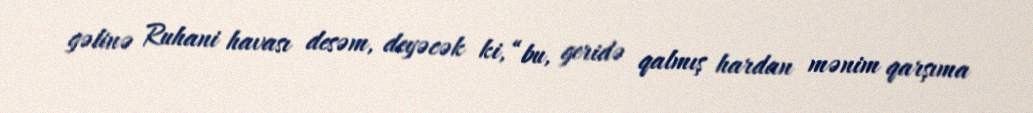
gəlinə Ruhani havası desəm, deyəcək ki, “bu, geridə qalmış hardan mənim qarşıma